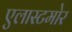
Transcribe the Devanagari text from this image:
एलास्टमोर